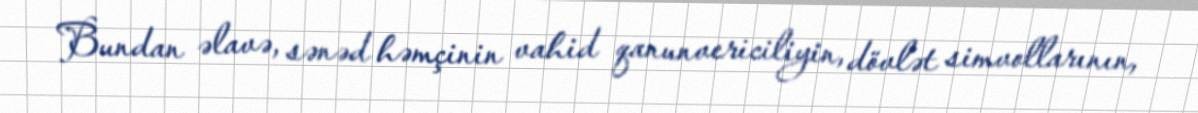
Bundan əlavə, sənəd həmçinin vahid qanunvericiliyin, dövlət simvollarının,